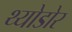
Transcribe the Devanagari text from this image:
थ्योडोर